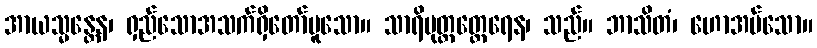
အာယသ္မန္တေန၊ ရှည်သောအသက်ရှိတော်မူသော။ သာရိပုတ္တတ္ထေရေန၊ သည်။ ဘာသိတံ၊ ဟောအပ်သော။